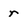
Character: r